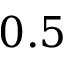
0 . 5